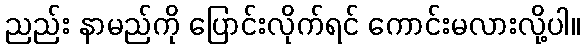
ညည်း နာမည်ကို ပြောင်းလိုက်ရင် ကောင်းမလားလို့ပါ။